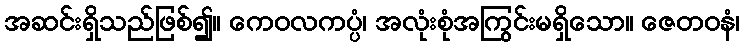
အဆင်းရှိသည်ဖြစ်၍။ ကေဝလကပ္ပံ၊ အလုံးစုံအကြွင်းမရှိသော။ ဇေတဝနံ၊